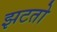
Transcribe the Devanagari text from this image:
झटतो